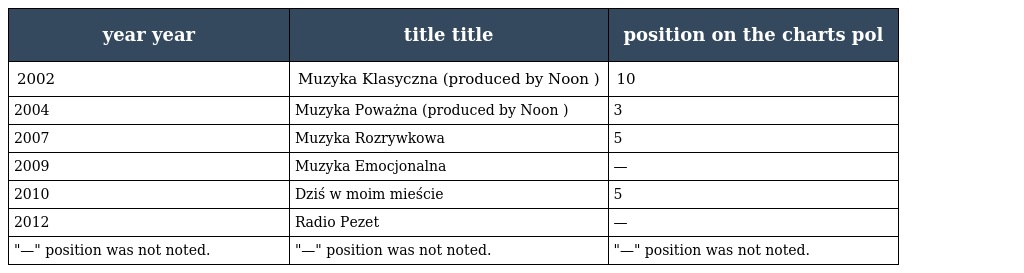
| year year | title title | position on the charts pol |
 | --- | --- | --- |
 | 2002 | Muzyka Klasyczna (produced by Noon ) | 10 |
 | 2004 | Muzyka Poważna (produced by Noon ) | 3 |
 | 2007 | Muzyka Rozrywkowa | 5 |
 | 2009 | Muzyka Emocjonalna | — |
 | 2010 | Dziś w moim mieście | 5 |
 | 2012 | Radio Pezet | — |
 | "—" position was not noted. | "—" position was not noted. | "—" position was not noted. |